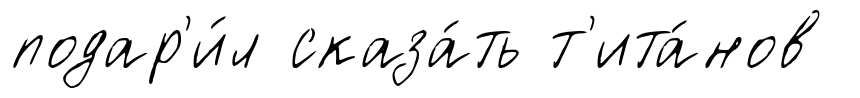
подар'и́л сказа́ть т'ита́нов